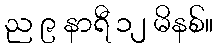
ည ၉ နာရီ ၁၂ မိနစ်။